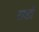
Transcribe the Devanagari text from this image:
राडो